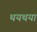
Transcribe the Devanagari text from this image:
थयथया